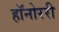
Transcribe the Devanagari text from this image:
हॉनोररी